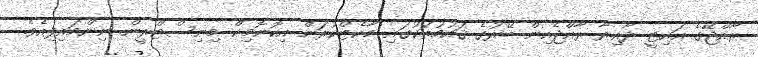
ރާއްޖޭގެ އައިޓީ ދާއިރާ ރާއްޖެއިން ބޭރުގެ ޤައުމުތަކުގައި މާކެޓްކުރަން އިކޮނޮމިކް މިނިސްޓްރީން ނިންމައިފިއެވެ.